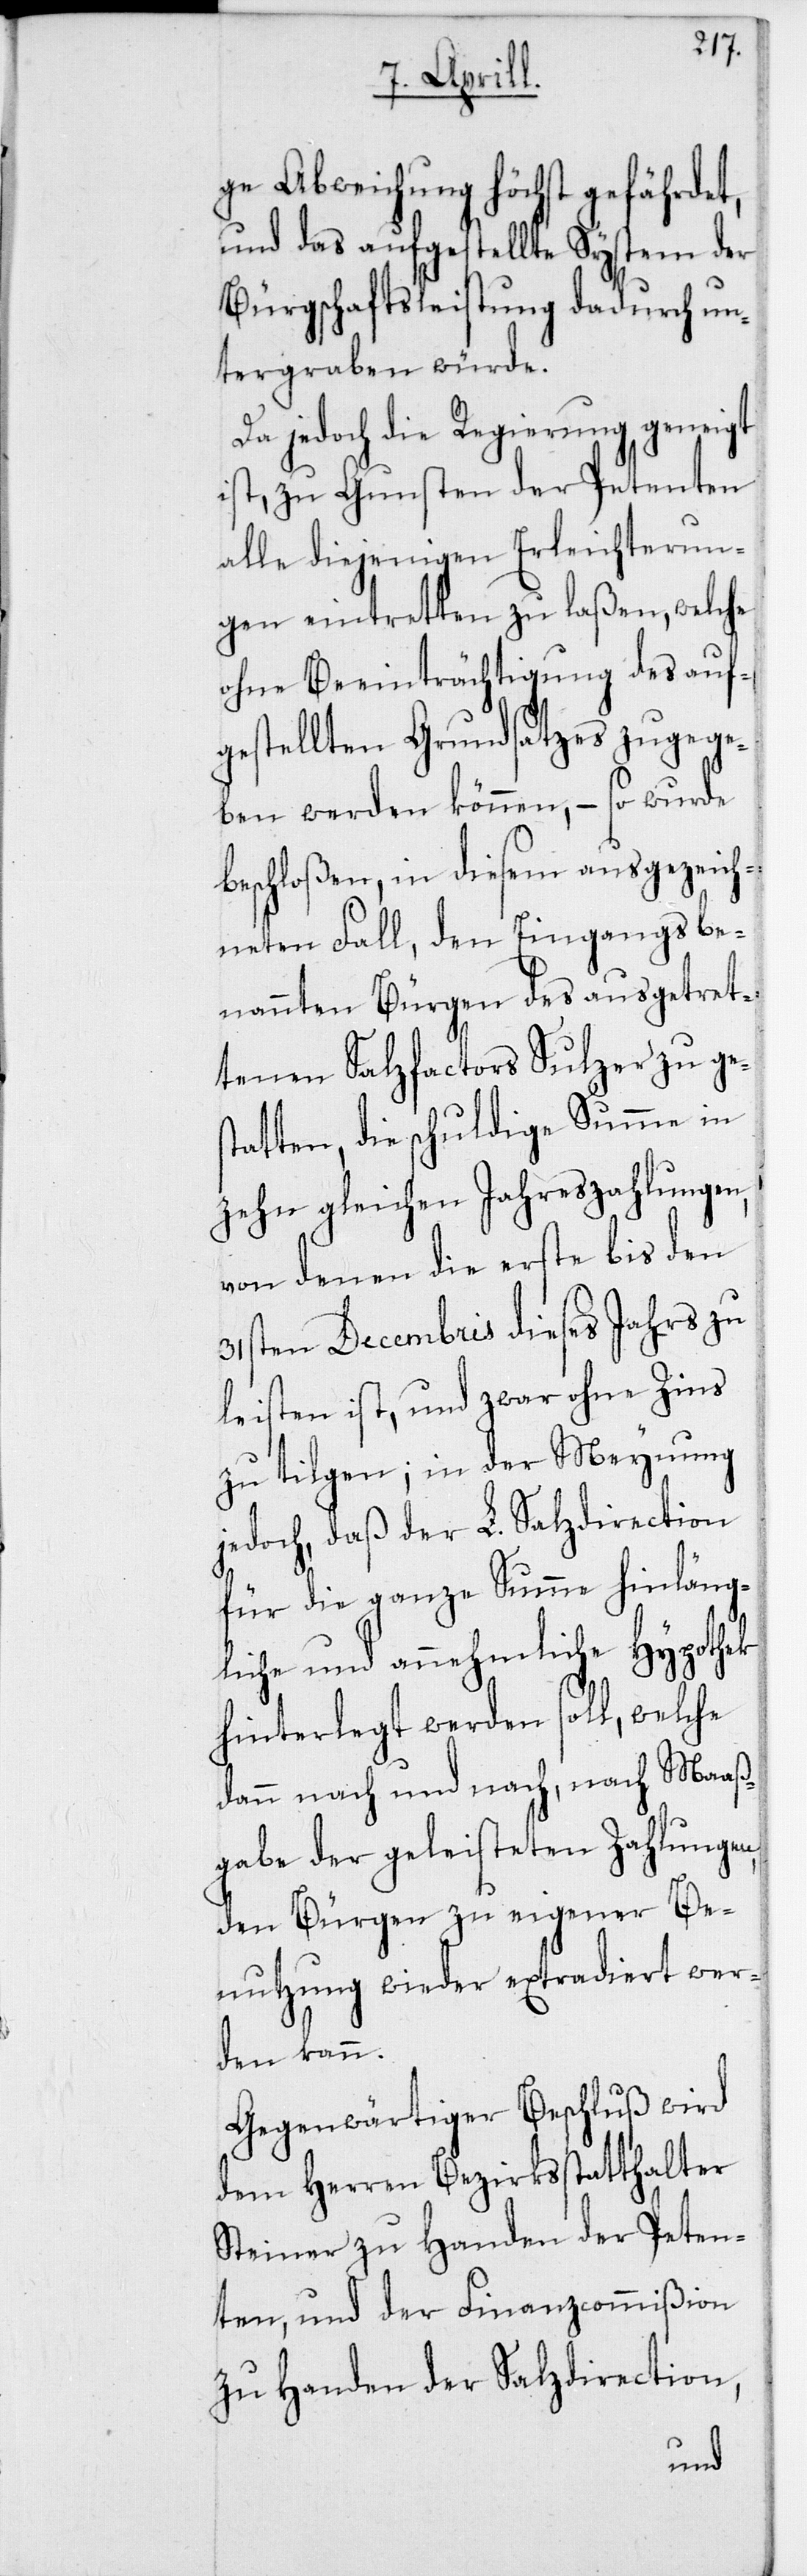
ge Abweichung höchst gefährdet,
und das aufgestellte System der
Bürgschaftsleistung dadurch un¬
tergraben würde.
Da jedoch die Regierung geneigt
ist, zu Gunsten der Petenten
alle diejenigen Erleichterun¬
gen eintretten zu laßen, welche
ohne Beeinträchtigung des auf¬
gestellten Grundsatzes zugege¬
ben werden können, – so wurde
beschloßen, in diesem ausgezeich¬
neten Fall, den Eingangsbe¬
nannten Bürgen des ausgetret¬
tenen Salzfactors Sulzer zu ge¬
statten, die schuldige Summe in
zehn gleichen Jahreszahlungen,
von denen die erste bis den
31sten Decembris dieses Jahrs zu
leisten ist, und zwar ohne Zins
zu tilgen; in der Meynung
jedoch, daß der L. Salzdirection
für die ganze Summe hinläng¬
liche und annehmliche Hypothek
hinterlegtt werden soll, welche
dann nach und nach, nach Maaß¬
gabe der geleisteten Zahlungen,
den Bürgen zu eigener Be¬
nutzung wieder extradiert wer¬
den kann.
Gegenwärtiger Beschluß wird
dem Herren Bezirksstatthalter
Steiner zu Handen der Peten¬
ten, und der Finanzcommißion
zu Handen der Salzdirection,